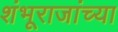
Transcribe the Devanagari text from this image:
शंभूराजांच्या